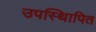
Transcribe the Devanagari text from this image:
उपस्थिापित